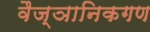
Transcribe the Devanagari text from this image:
वैज्ञानिकगण